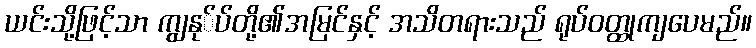
ယင်းသို့ဖြင့်သာ ကျွနု်ပ်တို့၏အမြင်နှင့် အသိတရားသည် ရုပ်ဝတ္ထုကျပေမည်။